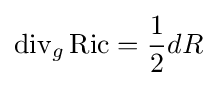
\operatorname {div} _{g}\operatorname {Ric} ={\frac {1}{2}}dR